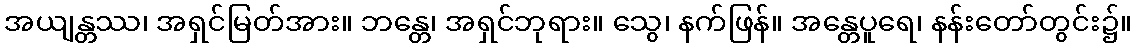
အယျန္တဿ၊ အရှင်မြတ်အား။ ဘန္တေ၊ အရှင်ဘုရား။ သွေ၊ နက်ဖြန်။ အန္တေပူရေ၊ နန်းတော်တွင်း၌။